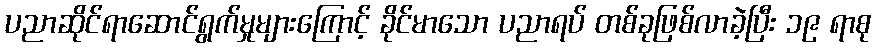
ပညာဆိုင်ရာဆောင်ရွက်မှုများကြောင့် ခိုင်မာသော ပညာရပ် တစ်ခုဖြစ်လာခဲ့ပြီး ၁၉ ရာစု